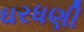
ઘરધણી